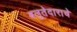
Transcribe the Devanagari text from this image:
बलुतेदाराचे